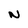
Character: N